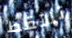
تلتقط